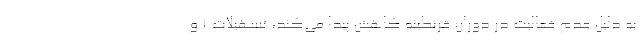
به دلیل عدم فعالیت در دوران قرنطینه کاهش پیدا می‌کند، تسهیلات 1 و